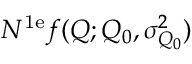
N ^ { \mathrm { 1 e } } f ( Q ; Q _ { 0 } , \sigma _ { Q _ { 0 } } ^ { 2 } )